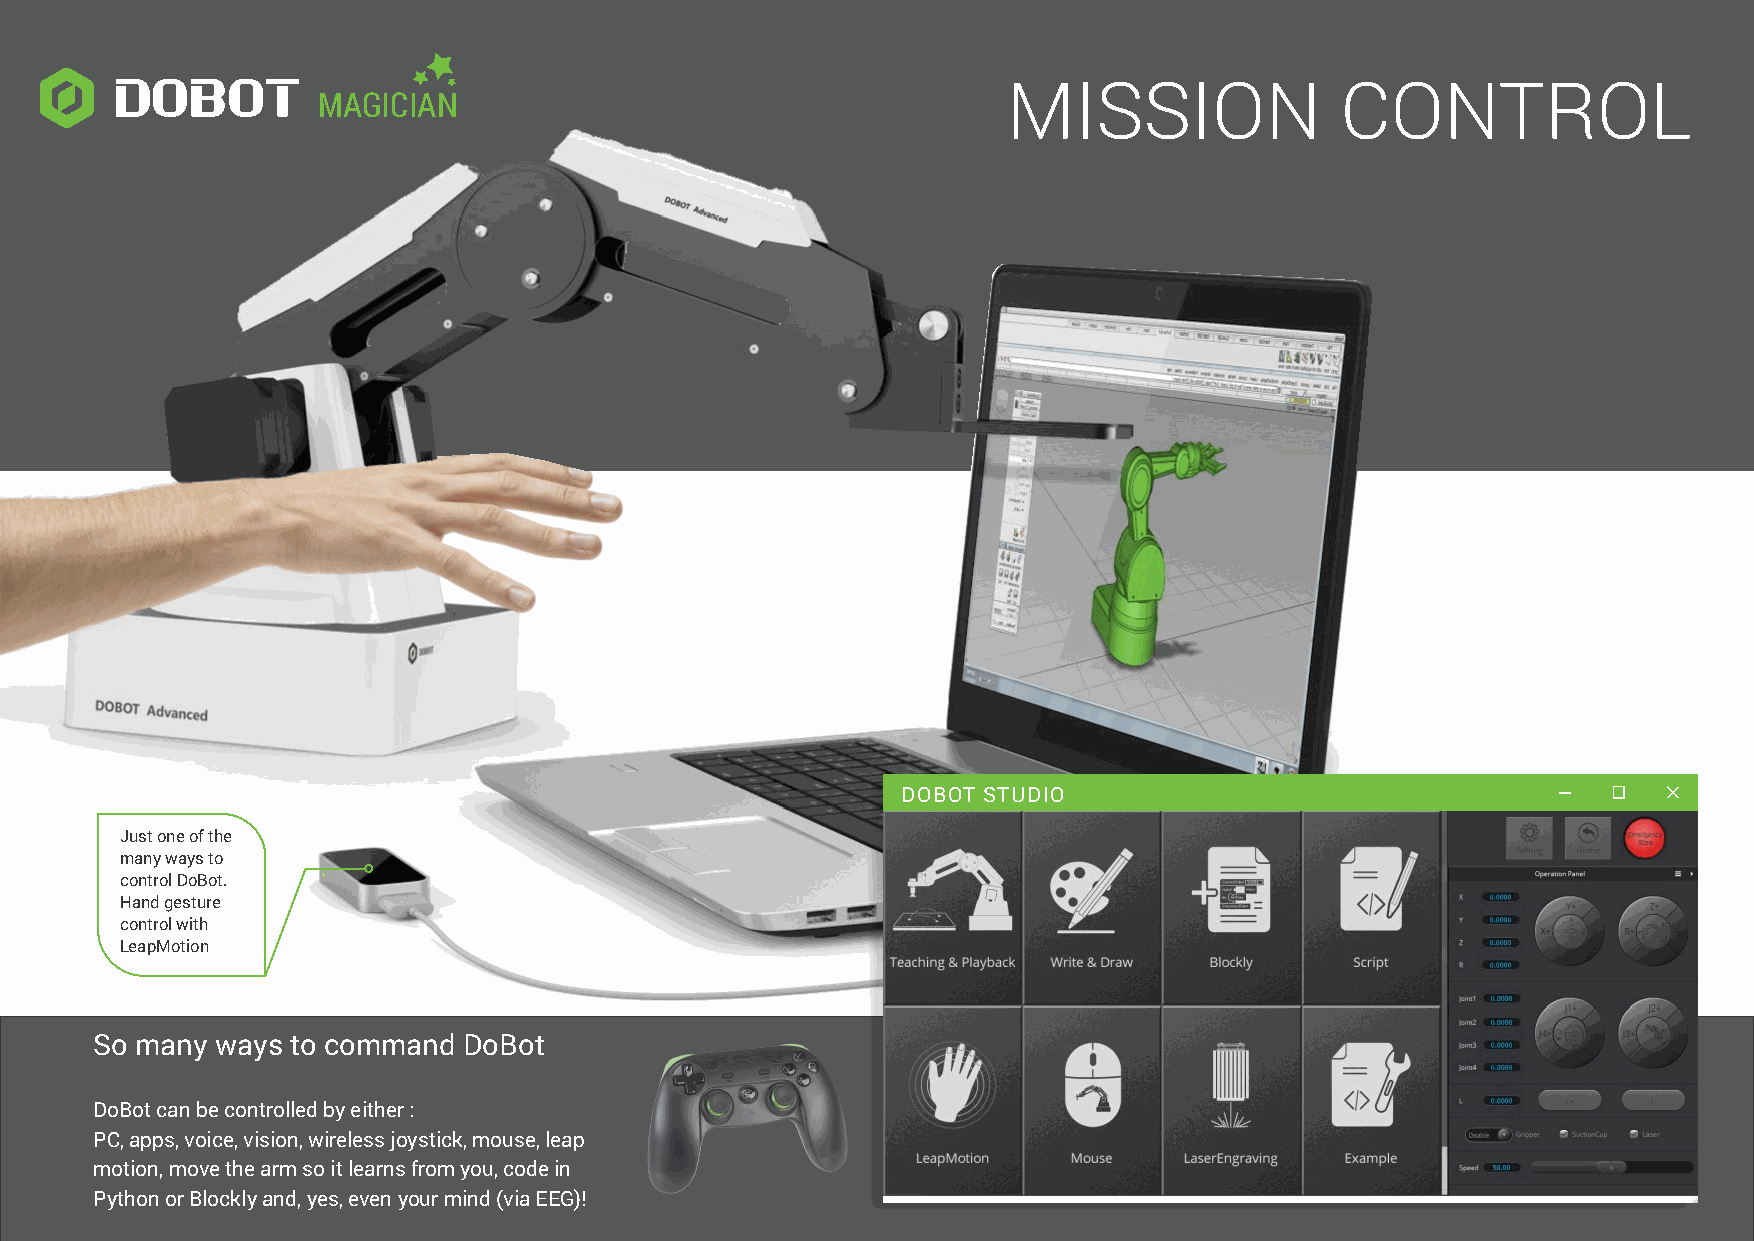
MISSION               CONTROL
 MAGICIAN
 DOBOT STUDIO
 Just one of the
 many ways to
 control DoBot.
 Hand gesture
 control with
 LeapMotion
 So many ways to command  DoBot
 DoBot can be controlled by either :
 PC, apps, voice, vision, wireless joystick, mouse, leap
 motion, move the arm so it learns from you, code in
 Python or Blockly and, yes, even your mind (via EEG)!